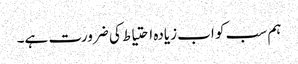
ہم سب کو اب زیادہ احتیاط کی ضرورت ہے۔